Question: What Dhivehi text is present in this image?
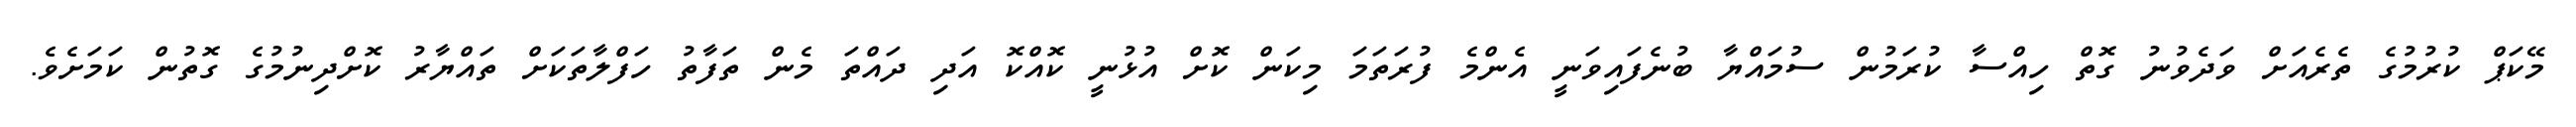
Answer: މޭކަޕް ކުރުމުގެ ތެރެއަށް ވަދެވުނު ގޮތް ހިއްސާ ކުރަމުން ސުމައްޔާ ބުނެފައިވަނީ އެންމެ ފުރަތަމަ މިކަން ކޮށް އުޅުނީ ކޮއްކޮ އަދި ދައްތަ މެން ތަފާތު ހަފްލާތަކަށް ތައްޔާރު ކޮށްދިނުމުގެ ގޮތުން ކަމަށެވެ.